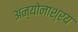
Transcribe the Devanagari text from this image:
अन्योनाश्रय